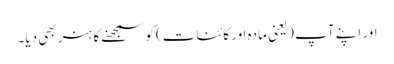
اور اپنے آپ (یعنی مادہ اور کائنات) کو سمجھنے کا ہنر بھی دیا۔